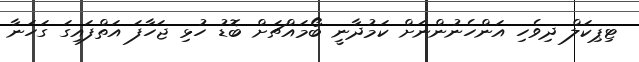
ޓިޕިކަލް ދިވެހި އަންހެނުންނަށް ކަމުދާނީ ބޯމައްޗަށް ބޮޑު ހުޅި ޖަހާފަ އަތްފައިގަ ގަހަނާ